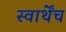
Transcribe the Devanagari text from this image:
स्वार्थेंच